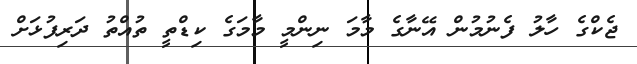
ޖެކްގެ ހާލު ފެނުމުން އޭނާގެ މާމަ ނިންމީ މާމަގެ ކިޑްތީ ތުއްތު ދަރިފުޅަށް